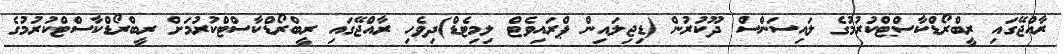
ރާއްޖޭގައި ރީބްރޯޑްކާސްޓްކުރުމުގެ ލައިސަންސް ދޫކުރުން (ޑިޖިލައިން ޕްރައިވެޓް ލިމިޓެޑް)ދިވެހި ރާއްޖޭގައި ރީބްރޯޑްކާސްޓްކުރުމަށް ރީބްރޯޑްކާސްޓްކުރުމުގެ